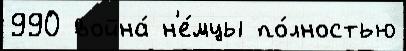
990 война́ н'е́мцы по́лностью